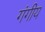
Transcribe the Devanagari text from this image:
गंगीय